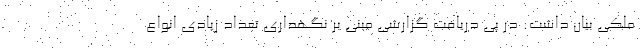
ملکی بیان داشت: در پی دریافت گزارشی مبنی بر نگهداری تعداد زیادی انواع